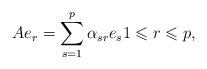
LaTeX: \begin{align*} Ae_r= \sum_{s=1}^p \alpha_{sr}e_s 1 \leqslant r \leqslant p, \end{align*}